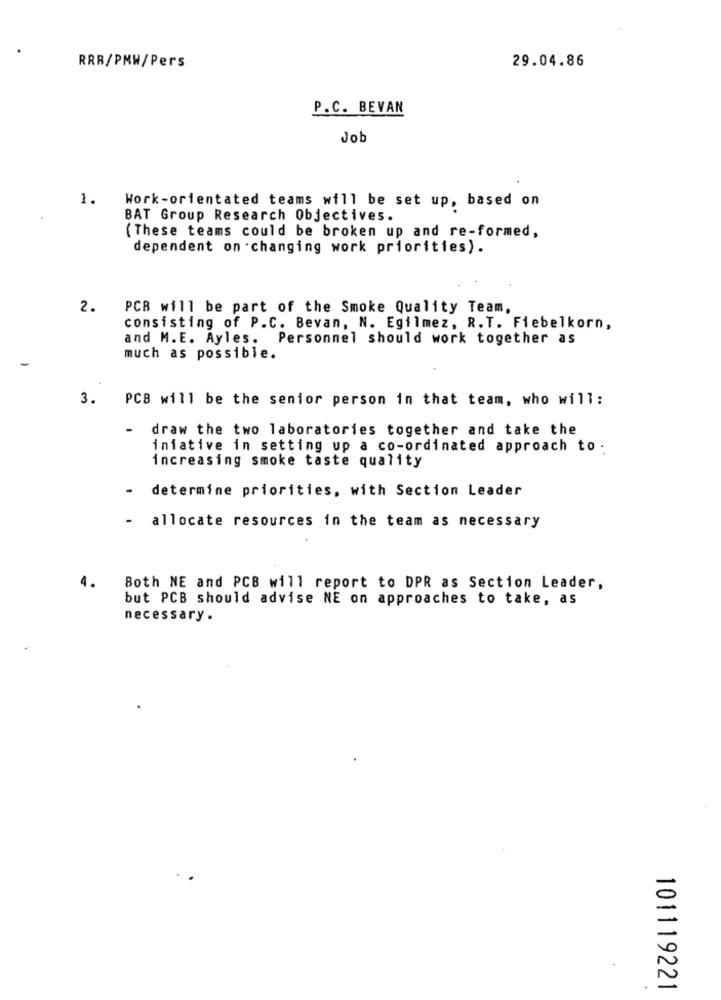
29.04.86
RRR/PMW/Pers
P.C. BEVAN
Job
1.
Work-orientated teams will be set up, based on
BAT Group Research Objectives.
( These teams could be broken up and re-formed,
dependent on changing work priorities).
2.
PCB will be part of the Smoke Quality Team,
consisting of P.C. Bevan, N. Egilmez, R.T. Fiebelkorn,
and M.E. Ayles. Personnel should work together as
much as possible.
3.
PCB will be the senior person in that team, who will:
-
draw the two laboratories together and take the
iniative in setting up a co-ordinated approach to .
increasing smoke taste quality
determine priorities, with Section Leader
- allocate resources in the team as necessary
4.
Both NE and PCB will report to DPR as Section Leader,
but PCB should advise NE on approaches to take, as
necessary .
101119221